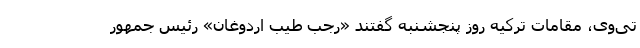
تی‌وی، مقامات ترکیه روز پنجشنبه گفتند «رجب طیب اردوغان» رئیس جمهور